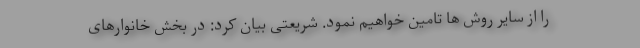
را از سایر روش ها تامین خواهیم نمود. شریعتی بیان کرد: در بخش خانوارهای